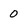
Character: 0